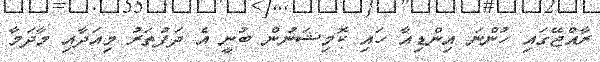
ރާއްޖޭގައި ހުންނަ އިންޑިއާ ހައި ކޮމިޝަނުން ބުނީ އެ ދަފުތަރު މިއަދާއި މާދަމާ